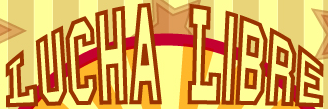
LUCHA LIBRE